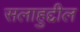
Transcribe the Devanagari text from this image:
सलाहुद्दील